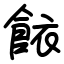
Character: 餏